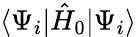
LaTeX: \langle\Psi_{i}|\hat{H}_{0}|\Psi_{i}\rangle